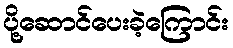
ပို့ဆောင်ပေးခဲ့ကြောင်း